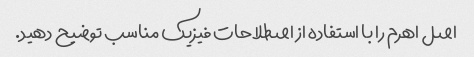
اصل اهرم را با استفاده از اصطلاحات فیزیک مناسب توضیح دهید.